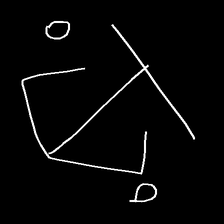
Glyph: earth